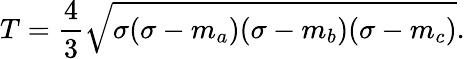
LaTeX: T={\frac{4}{3}}{\sqrt{\sigma(\sigma-m_{a})(\sigma-m_{b})(\sigma-m_{c})}}.